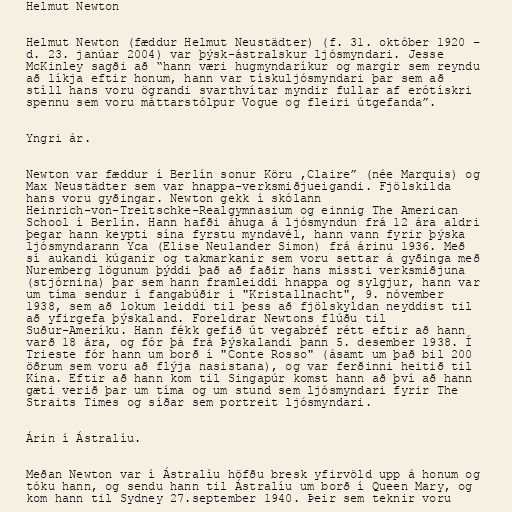
Helmut Newton

Helmut Newton (fæddur Helmut Neustädter) (f. 31. október 1920 –
d. 23. janúar 2004) var þýsk-ástralskur ljósmyndari. Jesse
McKinley sagði að “hann væri hugmyndaríkur og margir sem reyndu
að líkja eftir honum, hann var tískuljósmyndari þar sem að
stíll hans voru ögrandi svarthvítar myndir fullar af erótískri
spennu sem voru máttarstólpur Vogue og fleiri útgefanda”.

Yngri ár.

Newton var fæddur í Berlín sonur Köru ,Claire” (née Marquis) og
Max Neustädter sem var hnappa-verksmiðjueigandi. Fjölskilda
hans voru gyðingar. Newton gekk í skólann
Heinrich-von-Treitschke-Realgymnasium og einnig The American
School í Berlín. Hann hafði áhuga á ljósmyndun frá 12 ára aldri
þegar hann keypti sína fyrstu myndavél, hann vann fyrir þýska
ljósmyndarann Yca (Elise Neulander Simon) frá árinu 1936. Með
sí aukandi kúganir og takmarkanir sem voru settar á gyðinga með
Nuremberg lögunum þýddi það að faðir hans missti verksmiðjuna
(stjórnina) þar sem hann framleiddi hnappa og sylgjur, hann var
um tíma sendur í fangabúðir í "Kristallnacht", 9. nóvember
1938, sem að lokum leiddi til þess að fjölskyldan neyddist til
að yfirgefa þýskaland. Foreldrar Newtons flúðu til
Suður-Ameríku. Hann fékk gefið út vegabréf rétt eftir að hann
varð 18 ára, og fór þá frá Þýskalandi þann 5. desember 1938. Í
Trieste fór hann um borð í "Conte Rosso" (ásamt um það bil 200
öðrum sem voru að flýja nasistana), og var ferðinni heitið til
Kína. Eftir að hann kom til Singapúr komst hann að því að hann
gæti verið þar um tíma og um stund sem ljósmyndari fyrir The
Straits Times og síðar sem portreit ljósmyndari.

Árin í Ástralíu.

Meðan Newton var í Ástralíu höfðu bresk yfirvöld upp á honum og
tóku hann, og sendu hann til Ástralíu um borð í Queen Mary, og
kom hann til Sydney 27.september 1940. Þeir sem teknir voru